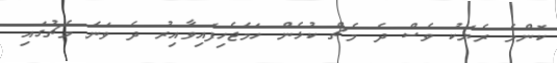
ކޮންމެ ރެޔަކު ވެސް ދެ މެޗް ކުޅެން ހަމަޖެހިފައިވާއިރު ދެ ވަނަ މެޗުގައި